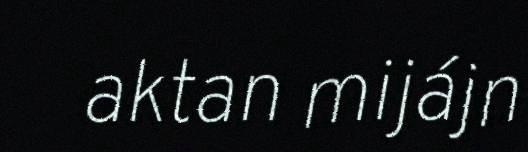
aktan mijájn